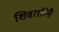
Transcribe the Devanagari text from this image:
शिवरात्रिहै